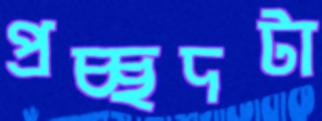
প্রচ্ছদটা